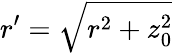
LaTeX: r^{\prime}=\sqrt{r^{2}+z_{0}^{2}}